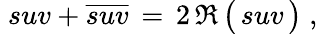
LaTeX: \; suv+{\overline{{suv}}}\, =\, 2\, \Re\, {\bigl(}\, suv\, {\bigr)}\; ,